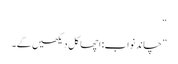
“
”چاند نواب: اچھا کل دیکھیں گے۔